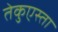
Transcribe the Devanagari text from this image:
तेकुएस्ता